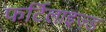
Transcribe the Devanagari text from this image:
फर्टिलाइज़्ड